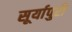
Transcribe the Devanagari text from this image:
सूर्यापुरी